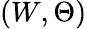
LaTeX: (W,\Theta)